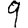
Digit: 9